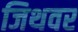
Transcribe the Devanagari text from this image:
जिथवर